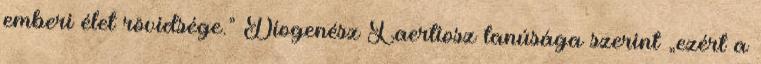
emberi élet rövidsége.” Diogenész Laertiosz tanúsága szerint „ezért a